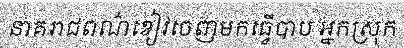
នាគរាជពណ៌ខៀវចេញមកធ្វើបាប អ្នកស្រុក